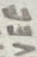
Text: VEE